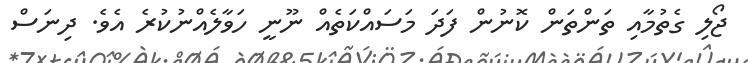
ޖޯލި ގެތުމާއި ތަންތަން ކޮނުން ފަދަ މަސައްކަތެއް ނޫނީ ހަވާލެއްނުކުރެ އެވެ. ދިނަސް